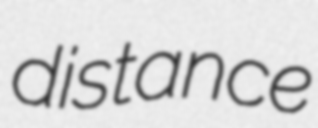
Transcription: distance